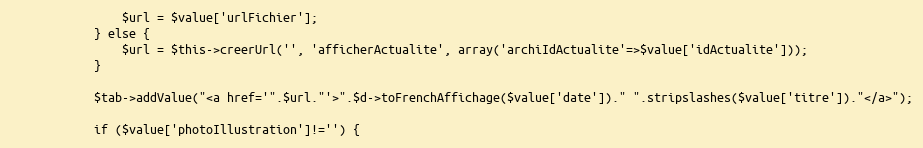
Language: PHP
				$url = $value['urlFichier'];
			} else {
				$url = $this->creerUrl('', 'afficherActualite', array('archiIdActualite'=>$value['idActualite']));
			}

			$tab->addValue("<a href='".$url."'>".$d->toFrenchAffichage($value['date'])." ".stripslashes($value['titre'])."</a>");

			if ($value['photoIllustration']!='') {